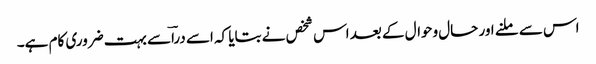
اس سے ملنے اور حال وحوال کے بعد اس شخص نے بتایا کہ اسے دراؔسے بہت ضروری کام ہے۔